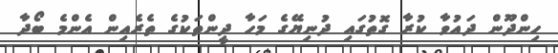
ހިންދޫން ދައުވާ ކުރާ ގޮތުގައި ދުނިޔޭގެ މަހާ ދީންތަކުގެ ތެރެއިން އެންމެ ބޯދާ